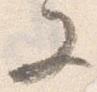
又